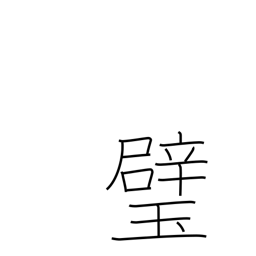
Meaning: sphere